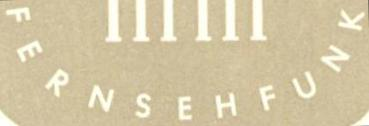
FERNSEHFUNK